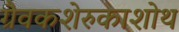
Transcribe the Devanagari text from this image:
ग्रैवकशेरुकाशोथ